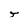
Character: T